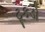
ટૂકડો